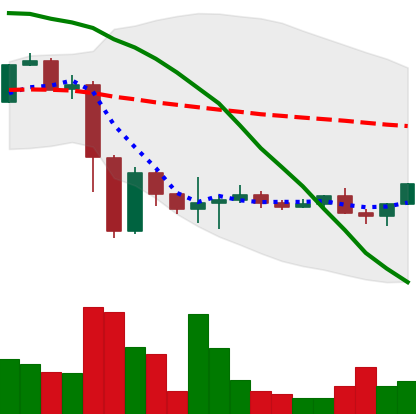
Ticker: NEO-USD
Chart end date: 2022-11-23
Forward return: -5.173%
Label: down_5_7